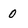
Character: 0